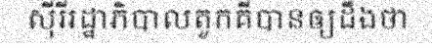
ស៊ីរីរដ្ឋាភិបាលតួកគីបានឲ្យដឹងថា